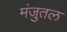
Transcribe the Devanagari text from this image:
मंजुतल